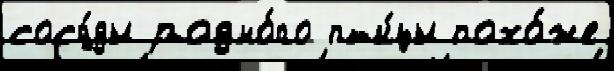
сосу́ды родно́го пт'и́цы похо́же